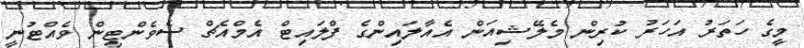
މީގެ ހަތަރު އަހަރު ކުރިން މެލޭޝިއަން އެއާލައިންގެ ފްލައިޓް އެމްއެޗް ސެވެންޓީން ވެއްޓުނީ